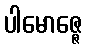
ပါမောဇ္ဇေ